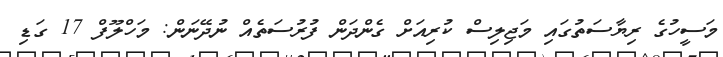
މަސީހުގެ ރިޔާސަތުގައި މަޖިލިސް ކުރިއަށް ގެންދަން ފުރުސަތެއް ނުދޭނަން: މަހްލޫފް 17 ގަޑި